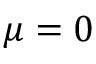
\mu = 0